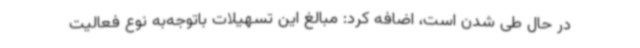
در حال طی شدن است، اضافه کرد: مبالغ این تسهیلات باتوجه‌به نوع فعالیت